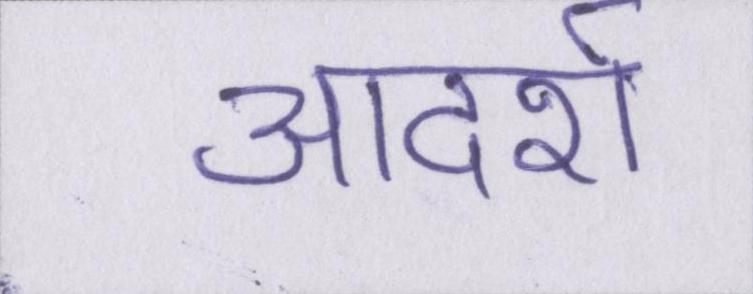
आदर्श